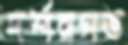
দর্শনগত